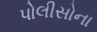
પોલીસોના